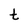
Character: t